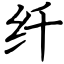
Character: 纤